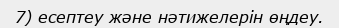
7) есептеу және нәтижелерін өңдеу.